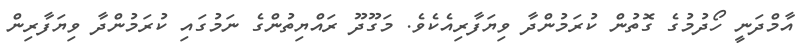
އާމްދަނީ ހޯދުމުގެ ގޮތުން ކުރަމުންދާ ވިޔަފާރިއެކެވެ. މަގޫދޫ ރައްޔިތުންގެ ނަމުގައި ކުރަމުންދާ ވިޔަފާރިން